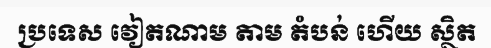
ប្រទេស វៀតណាម តាម តំបន់ ហើយ ស្ថិត